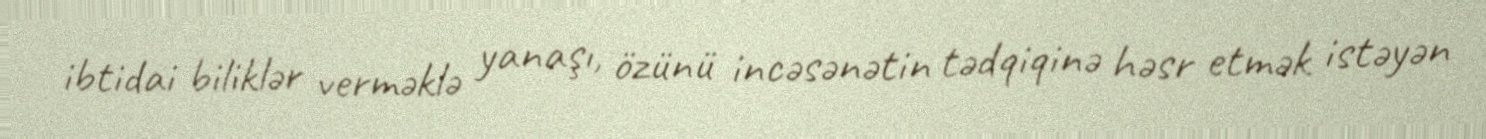
ibtidai biliklər verməklə yanaşı, özünü incəsənətin tədqiqinə həsr etmək istəyən